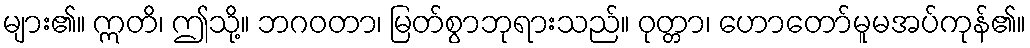
များ၏။ ဣတိ၊ ဤသို့။ ဘဂဝတာ၊ မြတ်စွာဘုရားသည်။ ဝုတ္တာ၊ ဟောတော်မူမအပ်ကုန်၏။